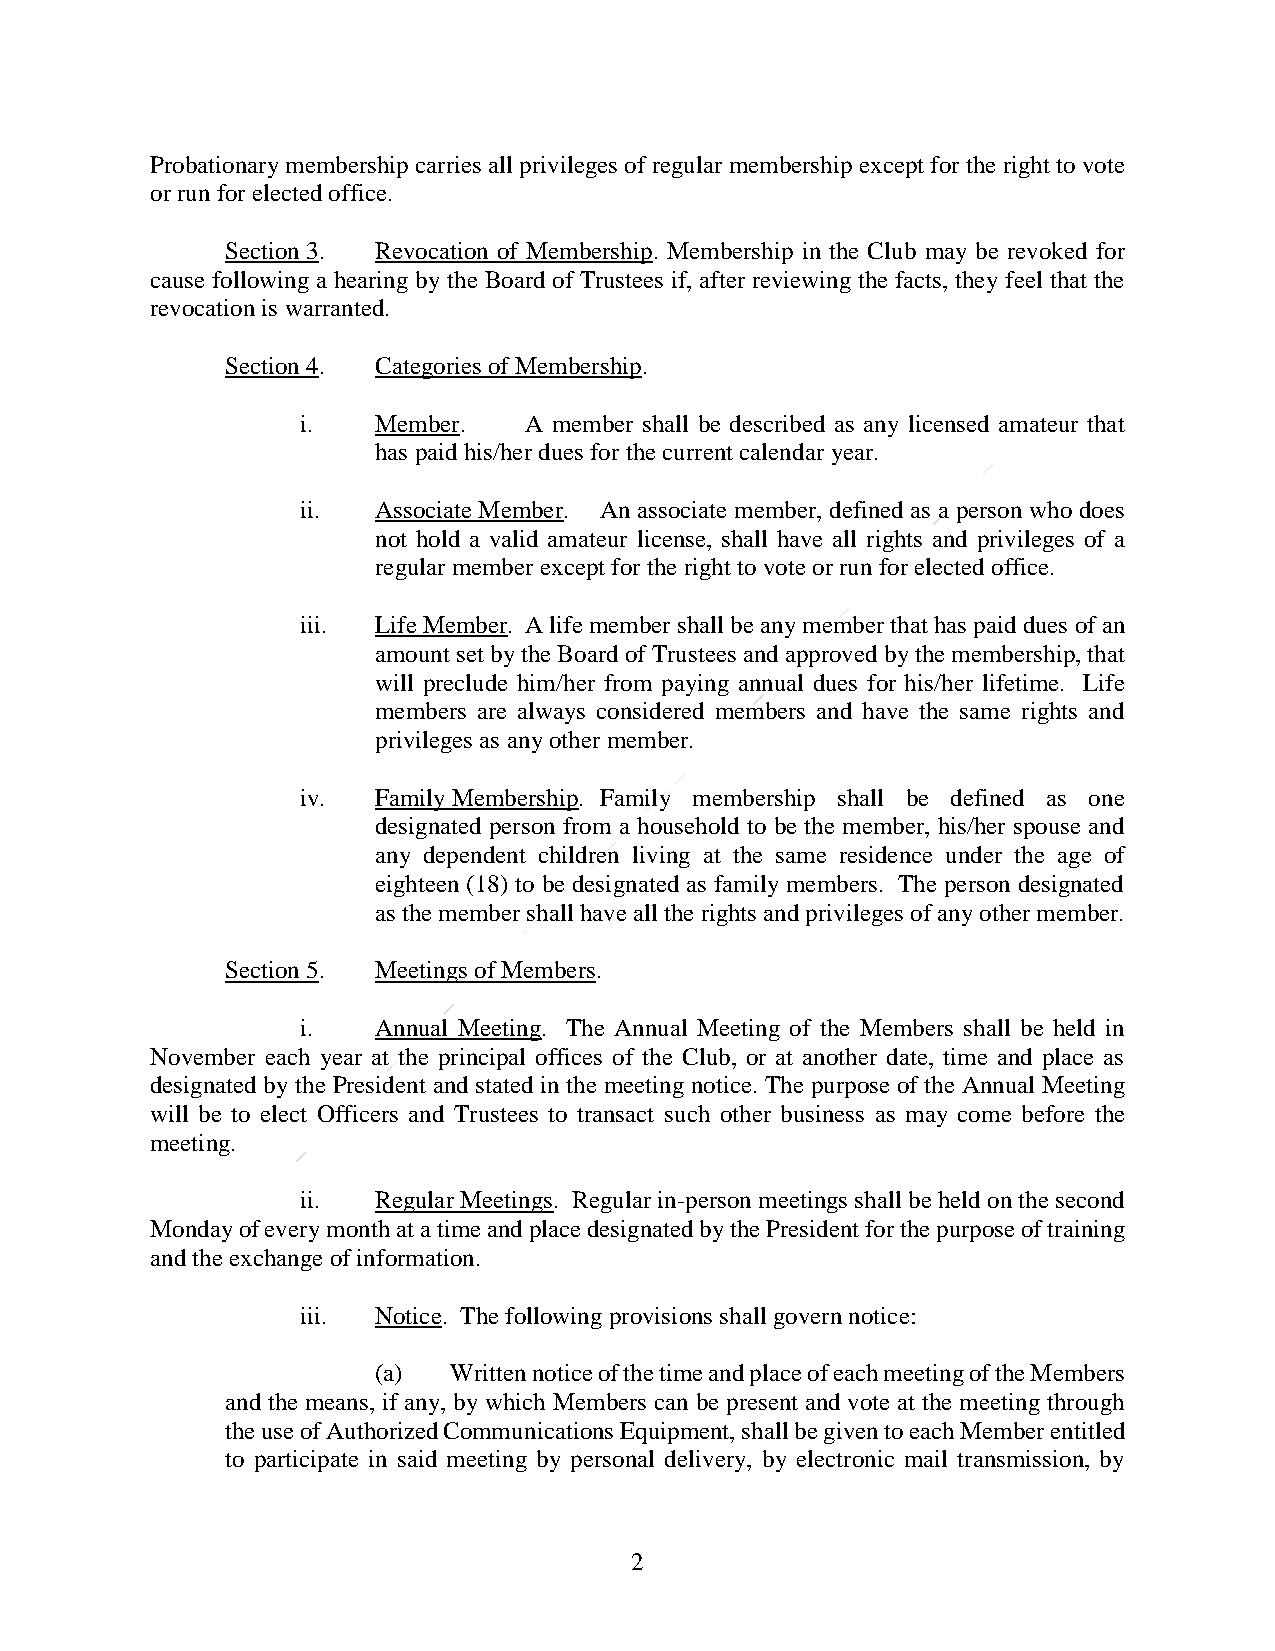
Probationary membership carries all privileges of regular membership except for the right to vote
 or run for elected office.
 Section 3. Revocation of Membership. Membership in the Club may be revoked for
 cause following a hearing by the Board of Trustees if, after reviewing the facts, they feel that the
 revocation is warranted.
 Section 4. Categories of Membership.
 i.   Member.   A member shall be described as any licensed amateur that
 has paid his/her dues for the current calendar year.
 ii.  Associate Member. An associate member, defined as a person who does
 not hold a valid amateur license, shall have all rights and privileges of a
 regular member except for the right to vote or run for elected office.
 iii. Life Member. A life member shall be any member that has paid dues of an
 amount set by the Board of Trustees and approved by the membership, that
 will preclude him/her from paying annual dues for his/her lifetime. Life
 members are always considered members and have the same rights and
 privileges as any other member.
 iv.  Family Membership. Family membership shall be defined as one
 designated person from a household to be the member, his/her spouse and
 any dependent children living at the same residence under the age of
 eighteen (18) to be designated as family members. The person designated
 as the member shall have all the rights and privileges of any other member.
 Section 5. Meetings of Members.
 i.   Annual Meeting. The Annual Meeting of the Members shall be held in
 November each year at the principal offices of the Club, or at another date, time and place as
 designated by the President and stated in the meeting notice. The purpose of the Annual Meeting
 will be to elect Officers and Trustees to transact such other business as may come before the
 meeting.
 ii.  Regular Meetings. Regular in-person meetings shall be held on the second
 Monday of every month at a time and place designated by the President for the purpose of training
 and the exchange of information.
 iii. Notice. The following provisions shall govern notice:
 (a)  Written notice of the time and place of each meeting of the Members
 and the means, if any, by which Members can be present and vote at the meeting through
 the use of Authorized Communications Equipment, shall be given to each Member entitled
 to participate in said meeting by personal delivery, by electronic mail transmission, by
 2